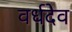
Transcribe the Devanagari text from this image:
वर्धदेव